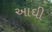
આઘી